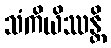
သံကိယိဿန္တိ